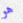
هو